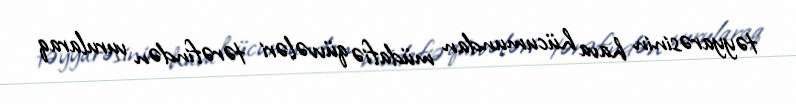
təyyarəsinin hava hücumundan müdafiə qüvvələri tərəfindən vurularaq